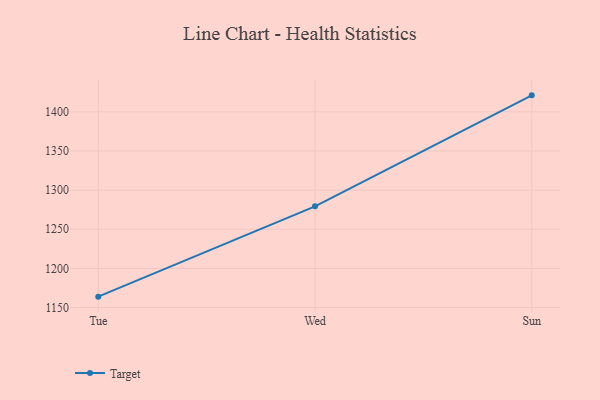
{"axis": {"x": "Day", "y": "Inventory Turnover"}, "legend": ["Target"], "data": [{"x": "Tue", "y": 1164.0, "type": "Target"}, {"x": "Wed", "y": 1279.3, "type": "Target"}, {"x": "Sun", "y": 1421.0, "type": "Target"}]}